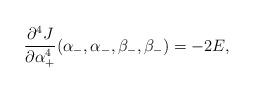
LaTeX: \begin{align*} \frac{\partial^4J}{\partial\alpha_+^4}(\alpha_-,\alpha_-,\beta_-,\beta_-)=-2E,\end{align*}